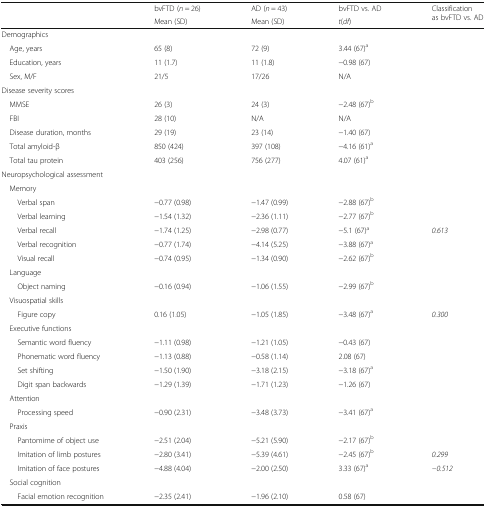
<table><thead><tr><td rowspan="2"></td><td><b>bvFTD (<i>n</i> = 26)</b></td><td><b>AD (<i>n</i> = 43)</b></td><td><b>bvFTD vs. AD</b></td><td rowspan="2"><b>Classification as bvFTD vs. AD</b></td></tr><tr><td><b>Mean (SD)</b></td><td><b>Mean (SD)</b></td><td><b><i>t</i>(<i>df</i>)</b></td></tr></thead><tbody><tr><td colspan="5">Demographics</td></tr><tr><td> Age, years</td><td>65 (8)</td><td>72 (9)</td><td>3.44 (67)<sup>a</sup></td><td rowspan="3"></td></tr><tr><td> Education, years</td><td>11 (1.7)</td><td>11 (1.8)</td><td>−0.98 (67)</td></tr><tr><td> Sex, M/F</td><td>21/5</td><td>17/26</td><td>N/A</td></tr><tr><td colspan="5">Disease severity scores</td></tr><tr><td> MMSE</td><td>26 (3)</td><td>24 (3)</td><td>−2.48 (67)<sup>b</sup></td><td rowspan="5"></td></tr><tr><td> FBI</td><td>28 (10)</td><td>N/A</td><td>N/A</td></tr><tr><td> Disease duration, months</td><td>29 (19)</td><td>23 (14)</td><td>−1.40 (67)</td></tr><tr><td> Total amyloid-β</td><td>850 (424)</td><td>397 (108)</td><td>−4.16 (61)<sup>a</sup></td></tr><tr><td> Total tau protein</td><td>403 (256)</td><td>756 (277)</td><td>4.07 (61)<sup>a</sup></td></tr><tr><td colspan="5">Neuropsychological assessment</td></tr><tr><td colspan="5"> Memory</td></tr><tr><td>Verbal span</td><td>−0.77 (0.98)</td><td>−1.47 (0.99)</td><td>−2.88 (67)<sup>b</sup></td><td rowspan="2"></td></tr><tr><td>Verbal learning</td><td>−1.54 (1.32)</td><td>−2.36 (1.11)</td><td>−2.77 (67)<sup>b</sup></td></tr><tr><td>Verbal recall</td><td>−1.74 (1.25)</td><td>−2.98 (0.77)</td><td>−5.1 (67)<sup>a</sup></td><td><i>0.613</i></td></tr><tr><td>Verbal recognition</td><td>−0.77 (1.74)</td><td>−4.14 (5.25)</td><td>−3.88 (67)<sup>a</sup></td><td rowspan="2"></td></tr><tr><td>Visual recall</td><td>−0.74 (0.95)</td><td>−1.34 (0.90)</td><td>−2.62 (67)<sup>b</sup></td></tr><tr><td colspan="5"> Language</td></tr><tr><td>Object naming</td><td>−0.16 (0.94)</td><td>−1.06 (1.55)</td><td>−2.99 (67)<sup>b</sup></td><td></td></tr><tr><td colspan="5"> Visuospatial skills</td></tr><tr><td>Figure copy</td><td>0.16 (1.05)</td><td>−1.05 (1.85)</td><td>−3.48 (67)<sup>a</sup></td><td><i>0.300</i></td></tr><tr><td colspan="5"> Executive functions</td></tr><tr><td>Semantic word fluency</td><td>−1.11 (0.98)</td><td>−1.21 (1.05)</td><td>−0.43 (67)</td><td rowspan="4"></td></tr><tr><td>Phonematic word fluency</td><td>−1.13 (0.88)</td><td>−0.58 (1.14)</td><td>2.08 (67)</td></tr><tr><td>Set shifting</td><td>−1.50 (1.90)</td><td>−3.18 (2.15)</td><td>−3.18 (67)<sup>a</sup></td></tr><tr><td>Digit span backwards</td><td>−1.29 (1.39)</td><td>−1.71 (1.23)</td><td>−1.26 (67)</td></tr><tr><td colspan="5"> Attention</td></tr><tr><td>Processing speed</td><td>−0.90 (2.31)</td><td>−3.48 (3.73)</td><td>−3.41 (67)<sup>a</sup></td><td></td></tr><tr><td colspan="5"> Praxis</td></tr><tr><td>Pantomime of object use</td><td>−2.51 (2.04)</td><td>−5.21 (5.90)</td><td>−2.17 (67)<sup>b</sup></td><td></td></tr><tr><td>Imitation of limb postures</td><td>−2.80 (3.41)</td><td>−5.39 (4.61)</td><td>−2.45 (67)<sup>b</sup></td><td><i>0.299</i></td></tr><tr><td>Imitation of face postures</td><td>−4.88 (4.04)</td><td>−2.00 (2.50)</td><td>3.33 (67)<sup>a</sup></td><td><i>−0.512</i></td></tr><tr><td colspan="5"> Social cognition</td></tr><tr><td>Facial emotion recognition</td><td>−2.35 (2.41)</td><td>−1.96 (2.10)</td><td>0.58 (67)</td><td></td></tr></tbody></table>